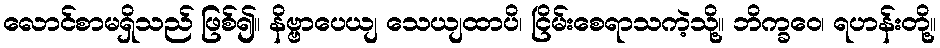
လောင်စာမရှိသည် ဖြစ်၍။ နိဗ္ဗာပေယျ သေယျထာပိ၊ ငြိမ်းစေရာသကဲ့သို့။ ဘိက္ခဝေ၊ ရဟန်းတို့။